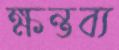
ক্ষন্তব্য